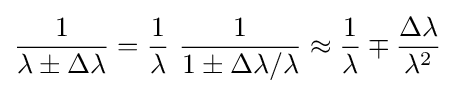
{\frac {1}{\lambda \pm \Delta \lambda }}={\frac {1}{\lambda }}\ {\frac {1}{1\pm \Delta \lambda /\lambda }}\approx {\frac {1}{\lambda }}\mp {\frac {\Delta \lambda }{\lambda ^{2}}}